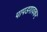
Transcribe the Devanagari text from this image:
पापडगावकर